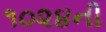
૧૦૨૪ની